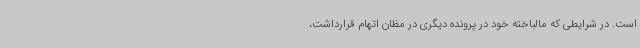
است. در شرایطی که مالباخته خود در پرونده دیگری در مظان اتهام قرارداشت،